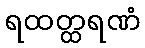
ရထတ္ထရဏံ